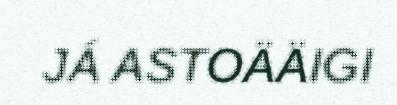
JÁ ASTOÄÄIGI